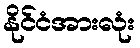
နိုင်ငံအားလုံး